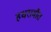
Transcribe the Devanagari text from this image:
हधरामौत